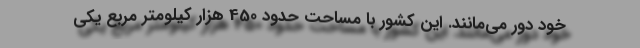
خود دور می‌مانند. این کشور با مساحت حدود 450 هزار کیلومتر مربع یکی